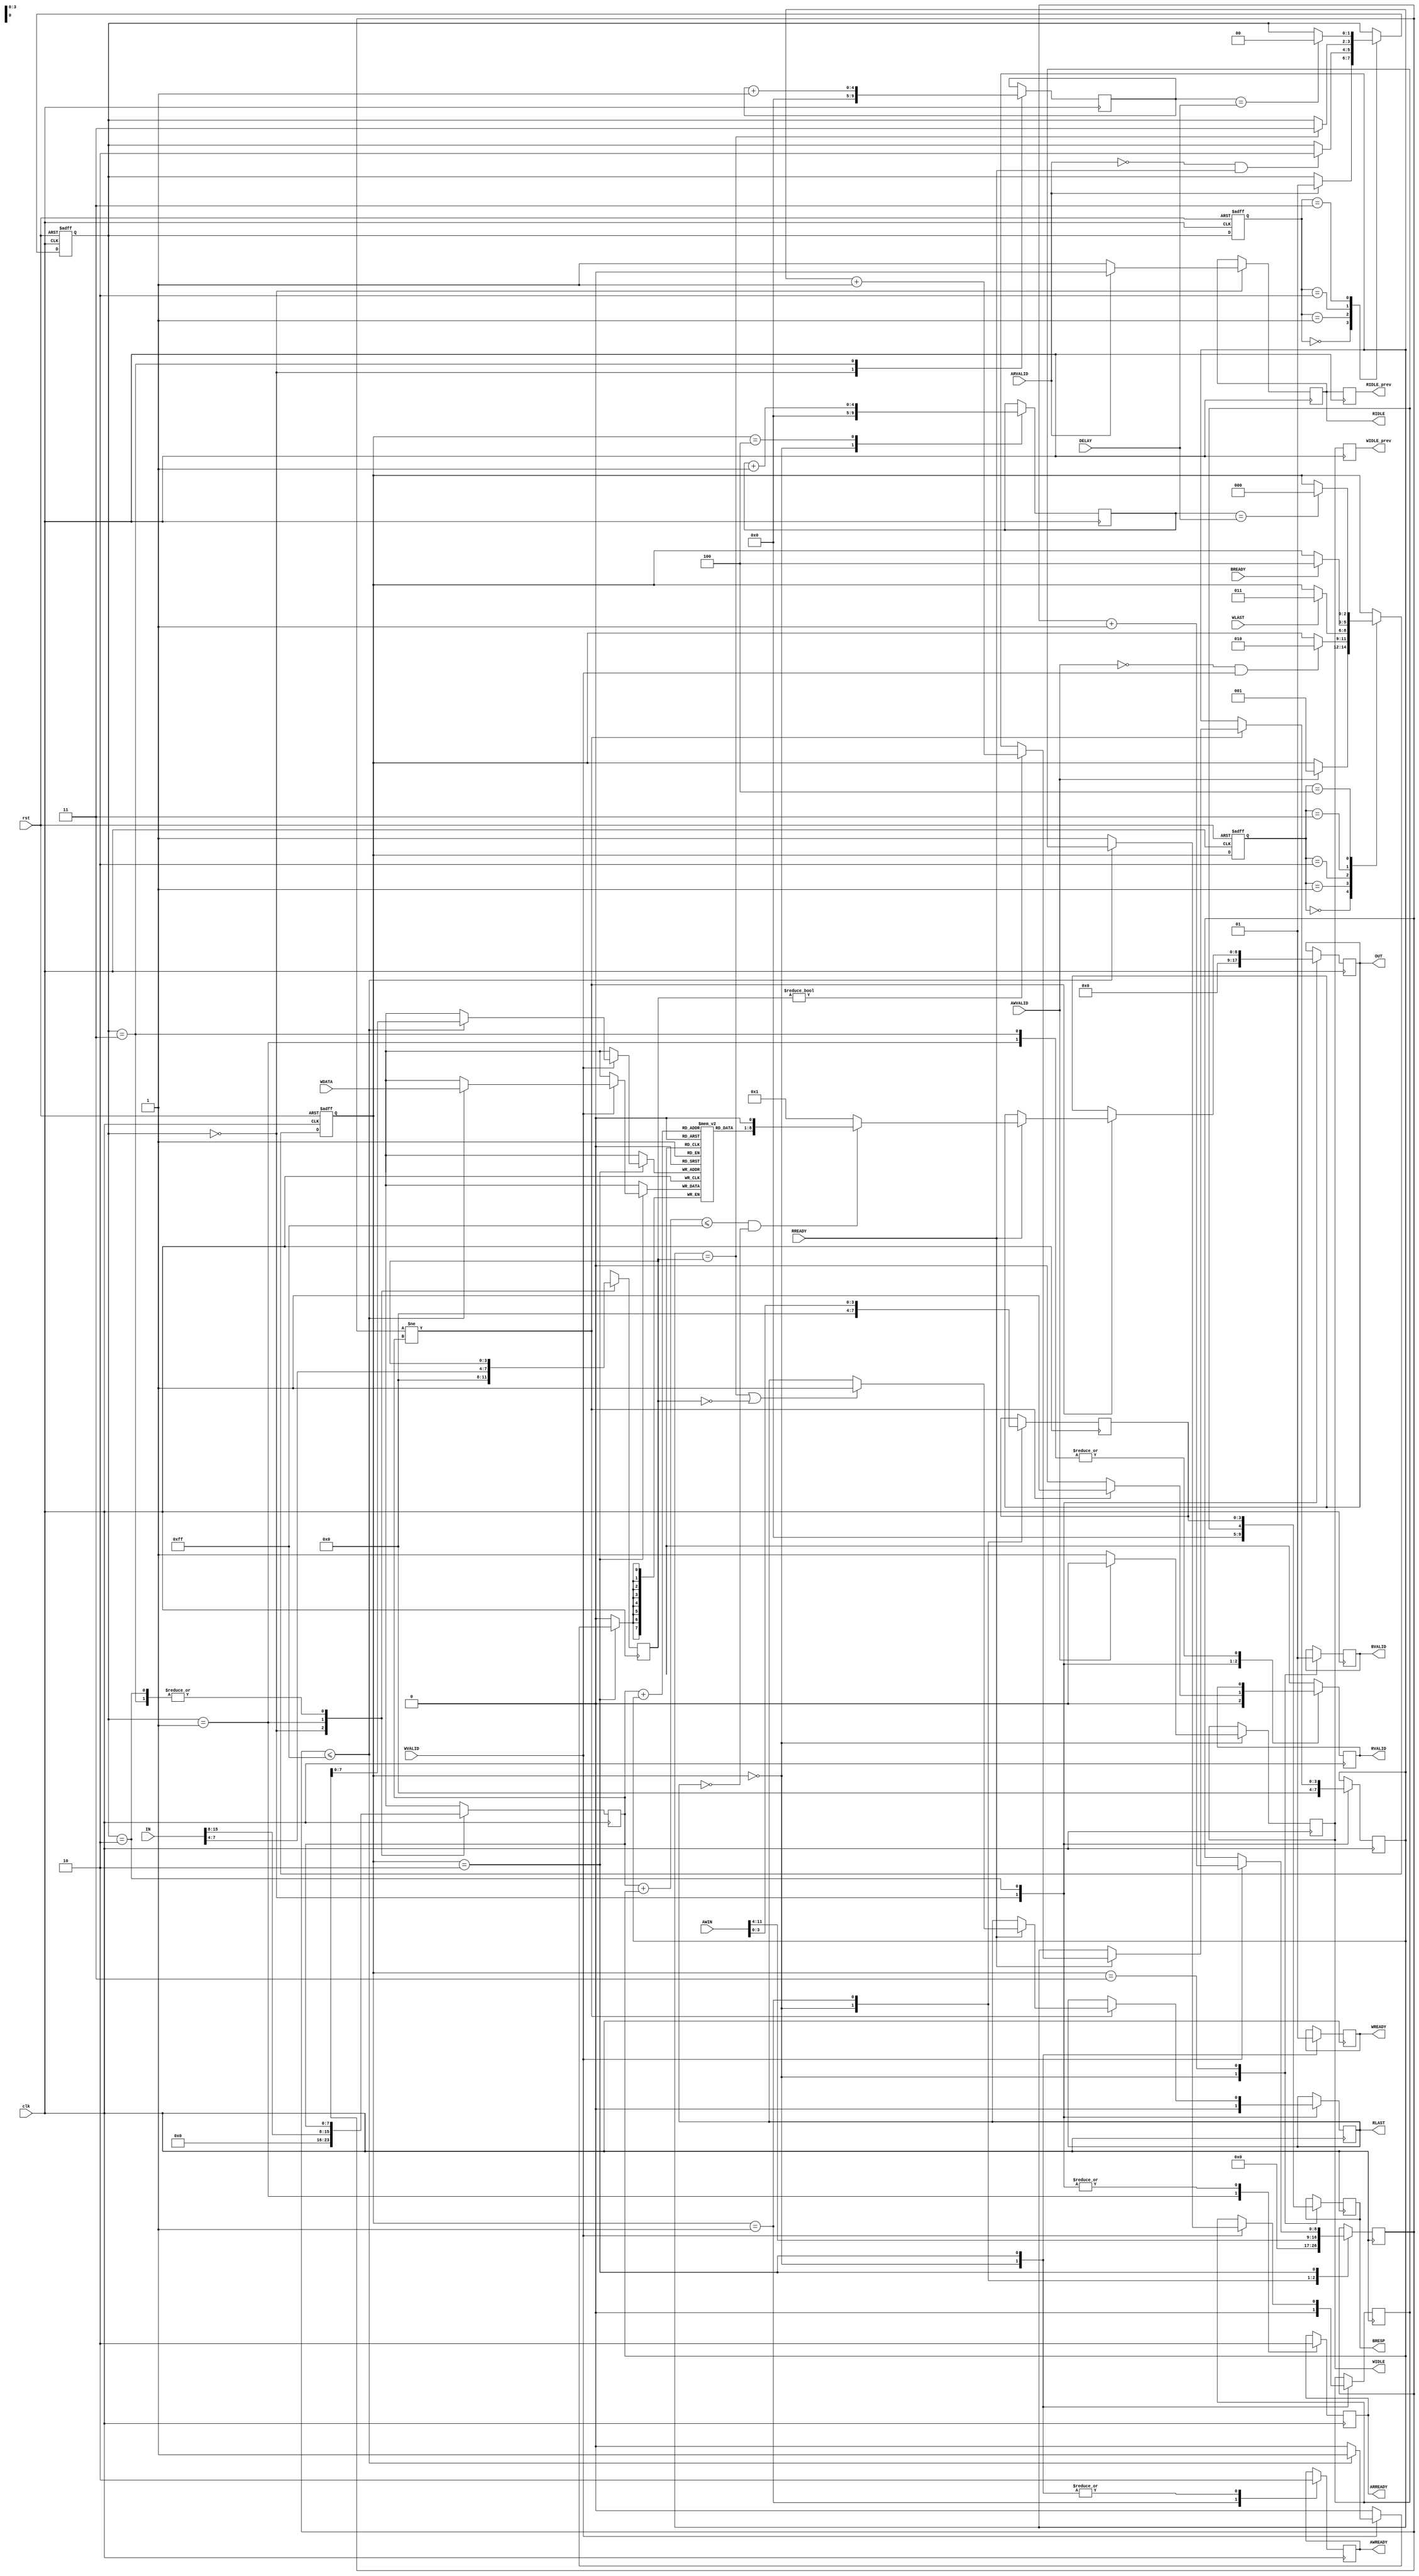
`timescale 1ns / 1ps

module Slave
(
    input  rst,
    input  clk,
    input  ARVALID,
    input  RREADY,
    input [15:0] IN,
	input  AWVALID,
	input  WVALID,
	input  WLAST,
	input [11:0] AWIN,
	input [7:0] WDATA,
	input  BREADY,
	// delay
	input [4:0] DELAY,
    output reg ARREADY,
    output reg RVALID,
	output reg RLAST,
    output reg [8:0] OUT,
	output reg AWREADY,
	output reg WREADY,
	output reg BVALID,
	output reg [4:0] BRESP,
	// READ/WRITE idle in current clk
	output reg RIDLE,
	output reg WIDLE,
	// READ/WRITE idle in previous clk
	output reg RIDLE_prev,
	output reg WIDLE_prev
);
	
	reg [3:0] ARLEN = 4'b0000;
	reg [3:0] count = 4'b0000;
	reg [3:0] RID = 4'b0000;
	reg [7:0] RADDR = 8'b00000000;
	reg [1:0] next_state = 2'b00;
	reg [1:0] current_state = 2'b00;
	
	reg RESP = 1'b0;
	reg [3:0] BID = 4'b0000;
	reg [8:0] WADDR = 9'b000000000;
	reg [2:0] next_state_ = 3'b000;
	reg [2:0] current_state_ = 3'b000;
	
	reg [7:0] mem [0:255];
	
	// delay counter
	reg [4:0] delay_R = 5'b00000;
	reg [4:0] delay_W = 5'b00000;
	
	integer i;
	initial begin
	    for (i = 0; i < 256; i = i + 1) begin
			mem[i] <= 0;
		end
		
		// initialize WIDLE, RIDLE, WIDLE_prev, RIDLE_prev
		WIDLE = 1'b1;
		RIDLE = 1'b1;
		WIDLE_prev = 1'b1;
		RIDLE_prev = 1'b1;
	end
	
	
	always@(posedge clk or posedge rst) begin
		if (rst) begin		
			next_state <= 0;			
			current_state <= 0;
		end
		
		else begin
		
			case (current_state)
			
				0: begin
					if (ARVALID)
						next_state <= 1;
				end
				
				1: begin
					if (!ARVALID && RREADY)
						next_state <= 2;
				end
				
				2: begin
					if (count == ARLEN)
						next_state <= 3;
				end
				
				// state 3 for introducing a delay
				3: begin
					if (delay_R == DELAY) begin
						next_state <= 0;
					end
				end
								
			
			endcase
			
			current_state <= next_state;
			
		end		
	end
	
	always@(posedge clk or posedge rst) begin
		if (rst) begin		
			next_state_ <= 0;			
			current_state_ <= 0;
		end		
		
		else begin
		
			case (current_state_)
			
				0: begin
					if (AWVALID) begin
						// $display ("\n Going to next_state 1");

						next_state_ <= 1;
					end
				end
				
				1: begin
					if (!AWVALID && WVALID) begin
						// $display ("\n Going to next_state 2");

						next_state_ <= 2;
					end
				end
				
				2: begin
					if (WLAST) begin
						// $display ("\n Going to next_state 3");
						next_state_ <= 3;
					end
				end
				
				3: begin
					if (BREADY) begin
						// $display ("\n Going to next_state 0");

						next_state_ <= 4;
					end
				end
				
				// state 4 for introducing a delay
				4: begin
					if (delay_W == DELAY) begin
						next_state_ <= 0;
					end
				end
				
			endcase
			
			current_state_ <= next_state_;
		
		end
	end
	
	// update WIDLE_prev and RIDLE_prev
	always@ (posedge clk) begin
		WIDLE_prev <= WIDLE;
		RIDLE_prev <= RIDLE;
	end
	
	always@(posedge clk) begin
		case (next_state_)
		
			0: begin
				AWREADY <= 0;
				WREADY <= 0;
				BVALID <= 0;
				BRESP <= 0;
				RESP = 1'b0;
				BID = 4'b0000;
				WADDR = 9'b000000000;
				// WIDLE initially idle, delay_W reset
				WIDLE <= 1'b1;
				delay_W <= 0;
				if (AWVALID) begin
					WIDLE <= 1'b0;
				end
			end
			
			1: begin
				AWREADY <= 1;
				BID <= AWIN[3:0];
				WADDR <= AWIN[11:4];
			end
			
			2: begin
				AWREADY <= 0;
				WREADY <= 1;
				if (WVALID) begin
					if (WADDR <= 255) begin
						// $display ("Actual WRITE data %d to ADDR %d", WDATA, WADDR);
						mem[WADDR] <= WDATA;
					end
					else
						RESP <= 1;
					WADDR <= WADDR + 1;
				end
			end
			
			3: begin
				BVALID <= 1;
				BRESP <= {RESP, BID};
			end
			
			// start counting delay
			4: begin
				delay_W <= delay_W + 1;	
			end
		
		endcase
	end
	
	always@(posedge clk) begin
		case (next_state)
			
			0: begin						
				ARREADY <= 0;
				RVALID <= 0;
				RLAST <= 0;
				RID <= 4'b0000;
				ARLEN = 4'b0000;
				RADDR = 8'b00000000;
				OUT <= 0;
				count <= 0;
				// RIDLE initially idle, delay_R reset
				RIDLE <= 1'b1;
				delay_R <= 0;
				if (ARVALID) begin
					RIDLE <= 1'b0;
				end				
			end
			
			1: begin
				ARREADY <= 1;
				RID <= IN[3:0];
				ARLEN <= IN[7:4];
				RADDR <= IN[15:8];
			end 
			
			2: begin
				ARREADY <= 0;
				if (WADDR != RADDR) begin
					RVALID = 1;
					if (RREADY) begin
						if (ARLEN) begin
							count <= count + 1;
						end
						// $display(" ARLEN is %d", ARLEN);
						if (count == ARLEN || !ARLEN) begin
							RLAST <= 1;
						end
						if (RADDR + count <= 255  && !RLAST) begin
							// $display(" The RADDR is %d, and the count is %d", RADDR, count);
							OUT <= {mem[RADDR+count], 1'b0};
						end
						else
							OUT <= {8'b00000000, 1'b1};
					end
				end
				else begin
					RVALID = 0;
				end
			end
			
			// start counting delay
			3: begin
				delay_R <= delay_R + 1;	
			end
			
		endcase
		
	end
	
endmodule